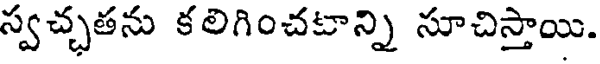
స్వచ్చతను కలిగించటాన్ని సూచిస్తాయి.